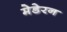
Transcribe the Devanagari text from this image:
मेडेरन